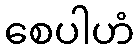
စေပါဟံ